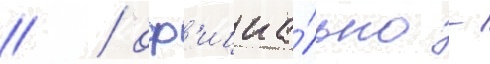
// / оф'ициа́льно -